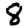
Digit: 8